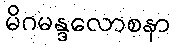
မိဂမန္ဒလောစနာ